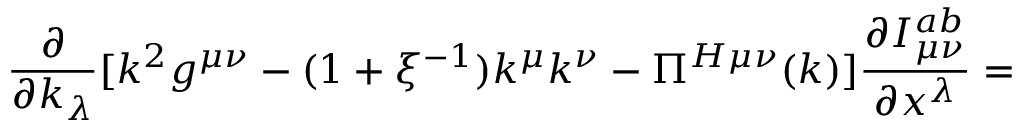
\frac { \partial } { \partial k _ { \lambda } } [ k ^ { 2 } g ^ { \mu \nu } - ( 1 + \xi ^ { - 1 } ) k ^ { \mu } k ^ { \nu } - \Pi ^ { H \mu \nu } ( k ) ] \frac { \partial I _ { \mu \nu } ^ { a b } } { \partial x ^ { \lambda } } =